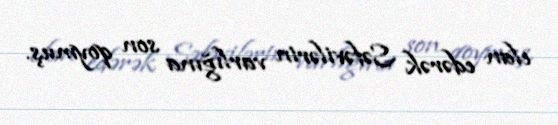
elan edərək Səfəvilərin varlığına son qoymuş.